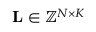
{ \bf L } \in \mathbb { Z } ^ { N \times K }